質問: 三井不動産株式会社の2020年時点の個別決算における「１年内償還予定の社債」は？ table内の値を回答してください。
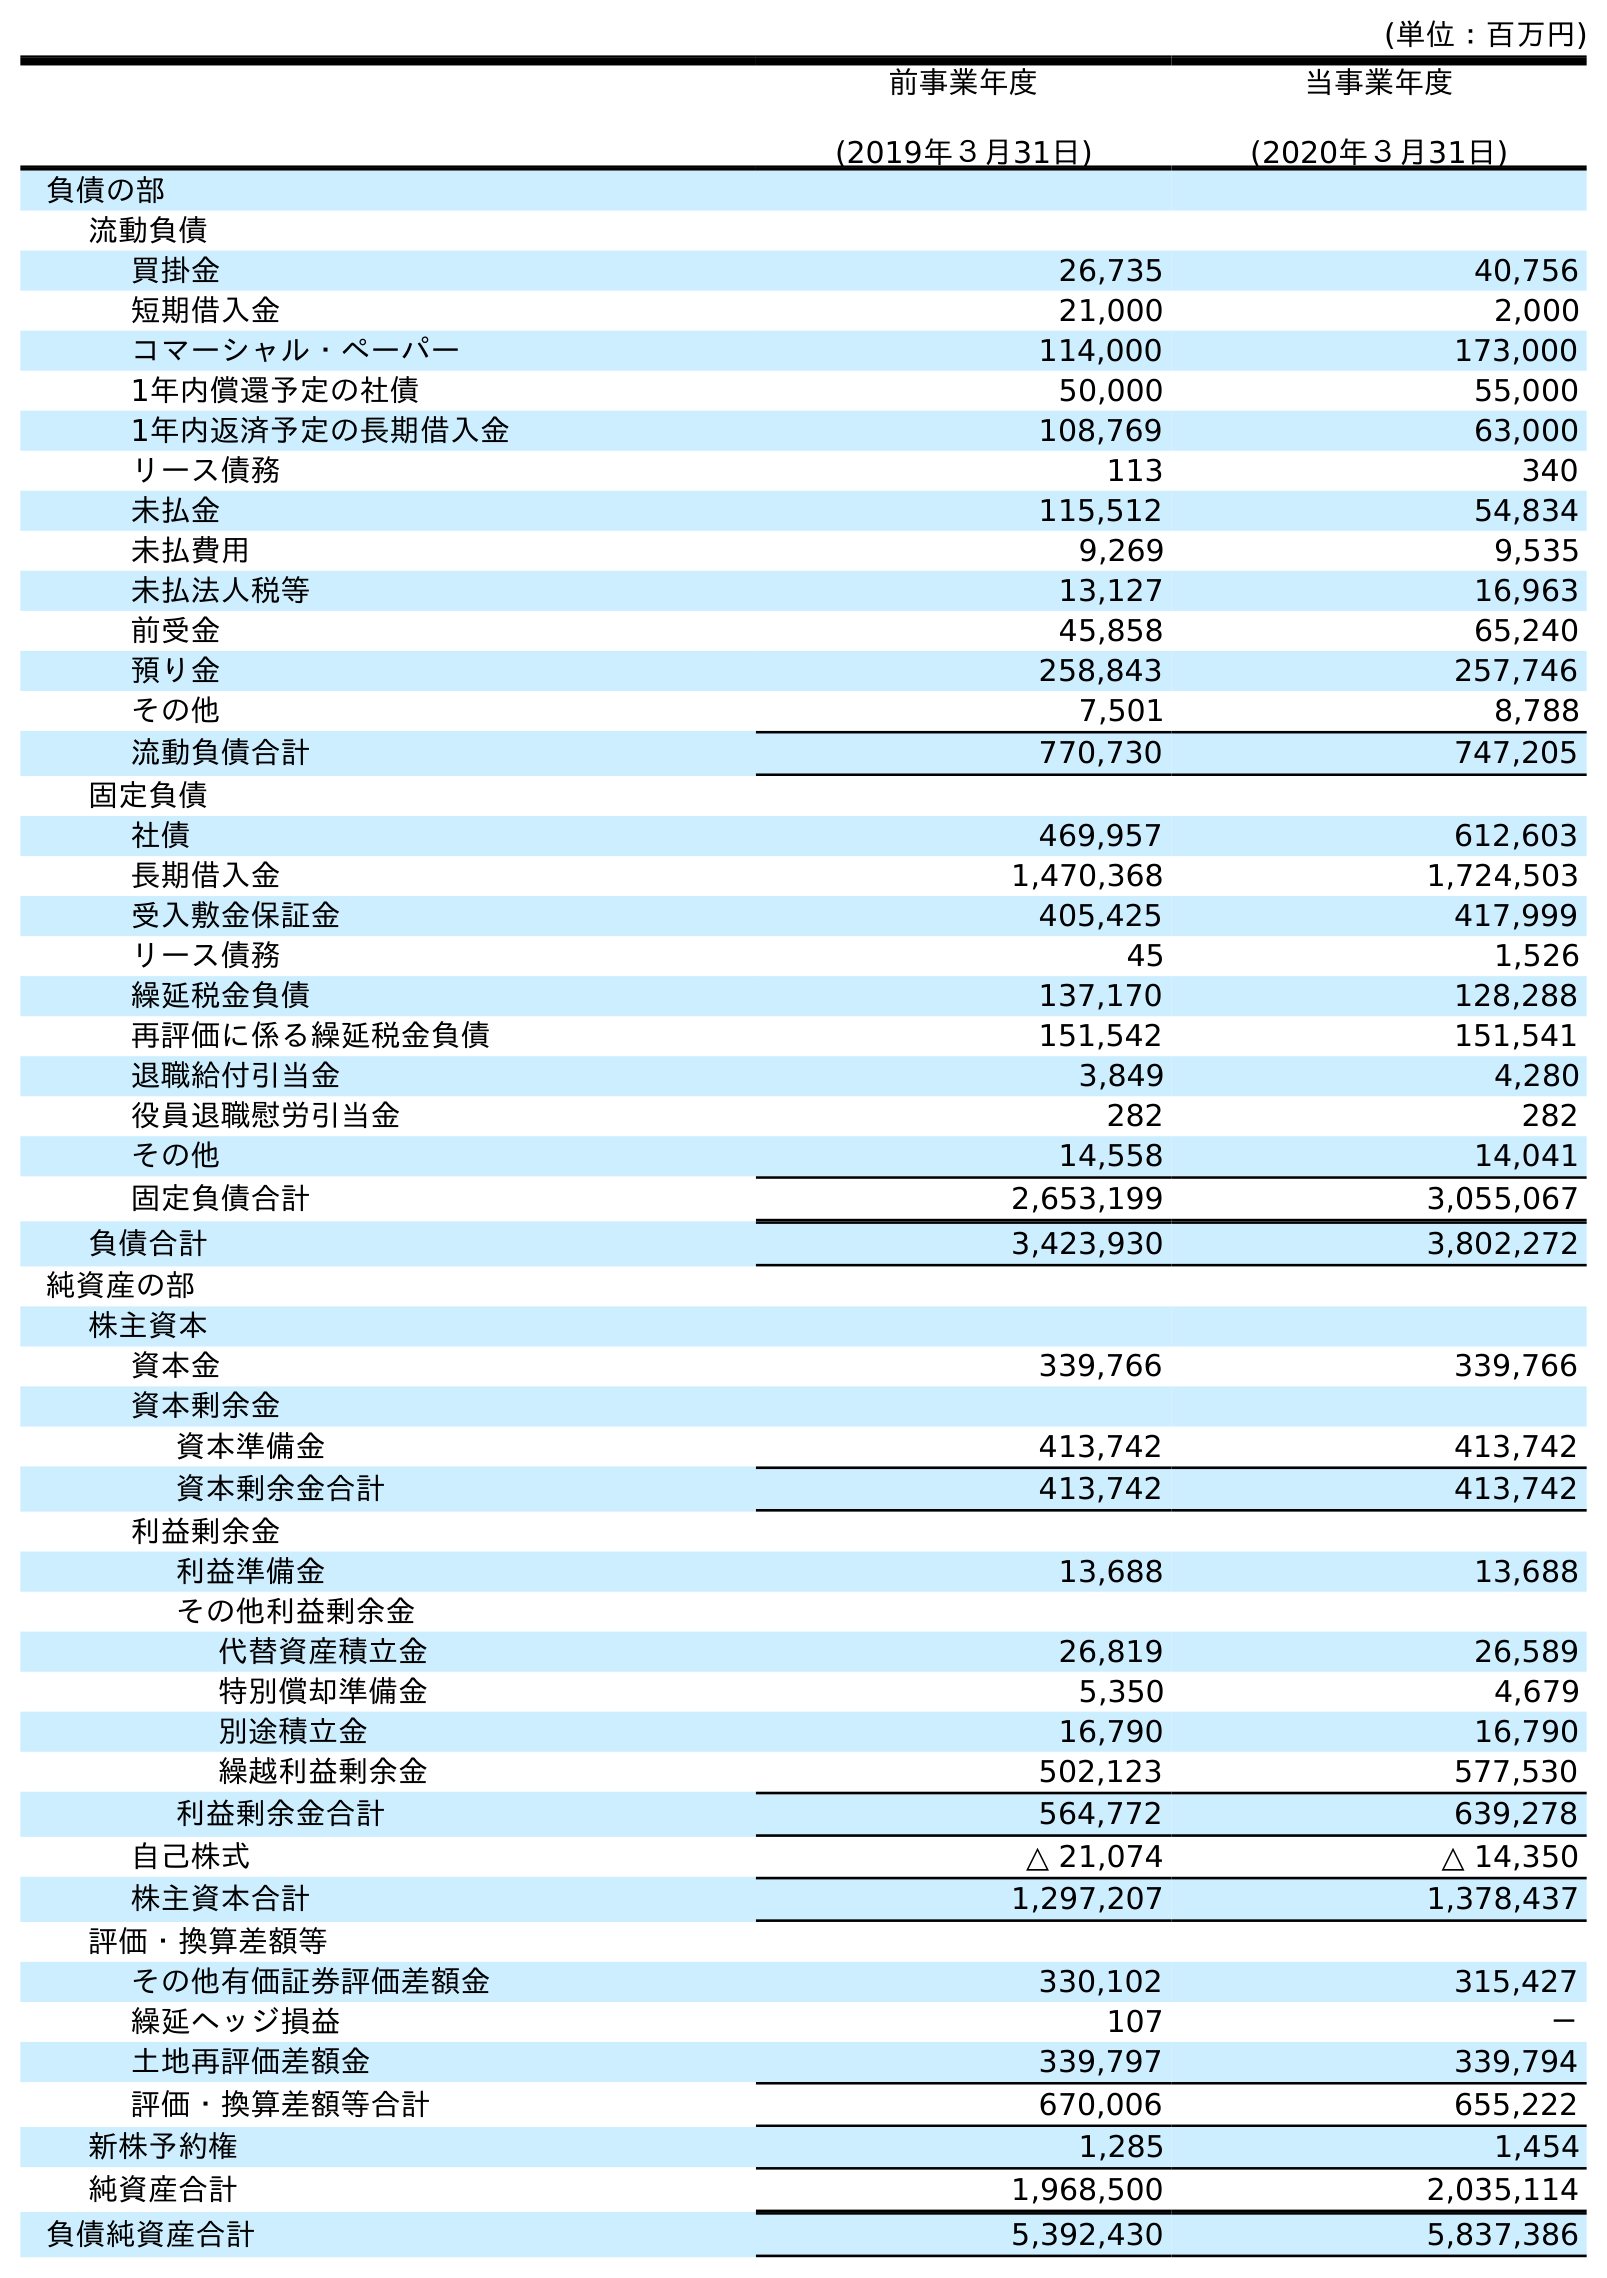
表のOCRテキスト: (単位：百万円) 前事業年度 (2019年３月31日) 当事業年度 (2020年３月31日) 負債の部 流動負債 買掛金 26,735 40,756 短期借入金 21,000 2,000 コマーシャル・ペーパー 114,000 173,000 1年内償還予定の社債 50,000 55,000 1年内返済予定の長期借入金 108,769 63,000 リース債務 113 340 未払金 115,512 54,834 未払費用 9,269 9,535 未払法人税等 13,127 16,963 前受金 45,858 65,240 預り金 258,843 257,746 その他 7,501 8,788 流動負債合計 770,730 747,205 固定負債 社債 469,957 612,603 長期借入金 1,470,368 1,724,503 受入敷金保証金 405,425 417,999 リース債務 45 1,526 繰延税金負債 137,170 128,288 再評価に係る繰延税金負債 151,542 151,541 退職給付引当金 3,849 4,280 役員退職慰労引当金 282 282 その他 14,558 14,041 固定負債合計 2,653,199 3,055,067 負債合計 3,423,930 3,802,272 純資産の部 株主資本 資本金 339,766 339,766 資本剰余金 資本準備金 413,742 413,742 資本剰余金合計 413,742 413,742 利益剰余金 利益準備金 13,688 13,688 その他利益剰余金 代替資産積立金 26,819 26,589 特別償却準備金 5,350 4,679 別途積立金 16,790 16,790 繰越利益剰余金 502,123 577,530 利益剰余金合計 564,772 639,278 自己株式 △ 21,074 △ 14,350 株主資本合計 1,297,207 1,378,437 評価・換算差額等 その他有価証券評価差額金 330,102 315,427 繰延ヘッジ損益 107 － 土地再評価差額金 339,797 339,794 評価・換算差額等合計 670,006 655,222 新株予約権 1,285 1,454 純資産合計 1,968,500 2,035,114 負債純資産合計 5,392,430 5,837,386
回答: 55,000